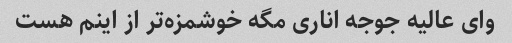
وای عالیه جوجه اناری مگه خوشمزه‌تر از اینم هست